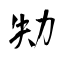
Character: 劮